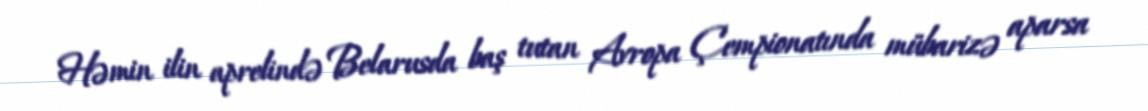
Həmin ilin aprelində Belarusda baş tutan Avropa Çempionatında mübarizə aparsa